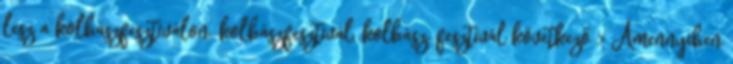
lesz a kolbászfesztiválon. kolbászfesztivál, kolbász, fesztivál következő › Amennyiben